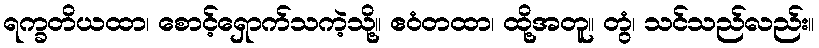
ရက္ခတိယထာ၊ စောင့်ရှောက်သကဲ့သို့။ ဧဝံတထာ၊ ထို့အတူ။ တွံ၊ သင်သည်လည်း။